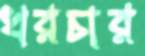
খরচার